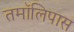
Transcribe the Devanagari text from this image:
तमॉलिपास